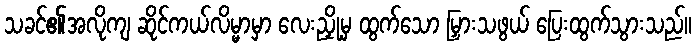
သခင်၏အလိုကျ ဆိုင်ကယ်လိမ္မာမှာ လေးညှို့မှ ထွက်သော မြှားသဖွယ် ပြေးထွက်သွားသည်။